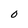
Character: O